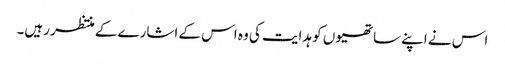
اس نے اپنے ساتھیوں کو ہدایت کی وہ اس کے اشارے کے منتظر رہیں۔